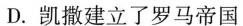
D.凯撒建立了罗马帝国